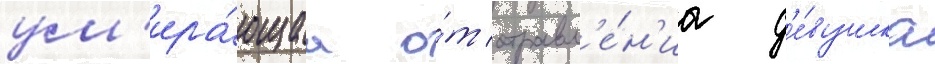
ум'ира́ющаа о́т отравл'е́н'иа д'е́вушка